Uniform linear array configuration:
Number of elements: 16
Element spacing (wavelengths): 1
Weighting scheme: kaiser
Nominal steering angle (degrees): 30
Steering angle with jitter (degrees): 29.863
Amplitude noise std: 0.05
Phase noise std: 0.05

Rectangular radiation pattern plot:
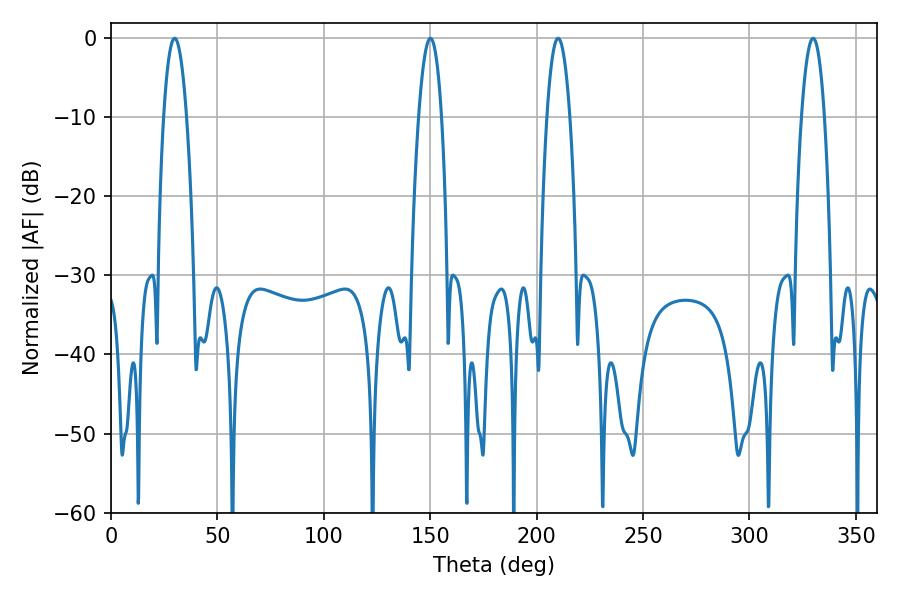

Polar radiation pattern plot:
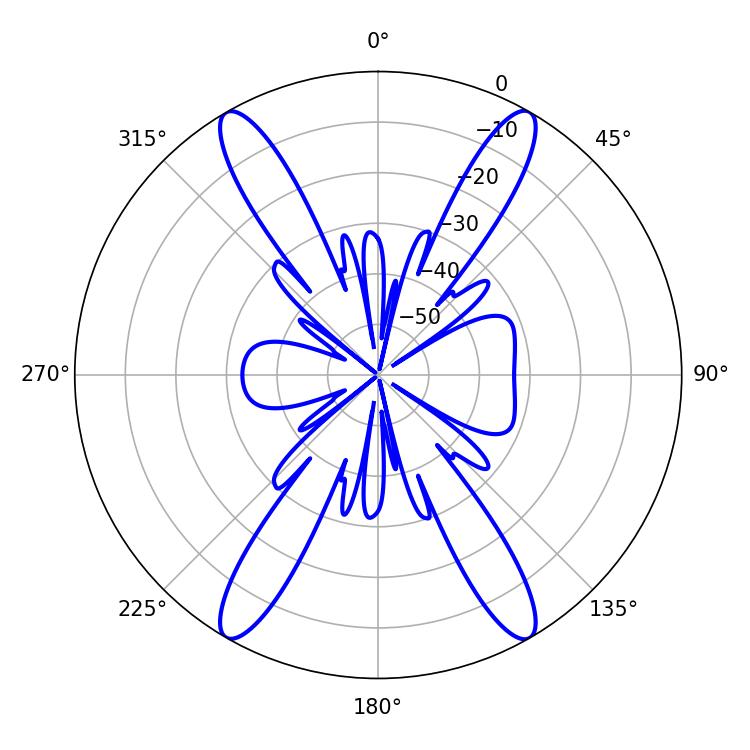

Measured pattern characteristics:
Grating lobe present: TRUE
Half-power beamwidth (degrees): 5.94
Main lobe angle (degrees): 210.06